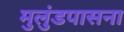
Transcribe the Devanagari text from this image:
मुलुंडपासना